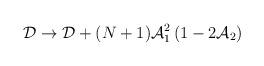
LaTeX: \begin{align*}{\cal D}\rightarrow {\cal D} + (N+1){\cal A}_1^2\left(1 - 2{\cal A}_2\right)\end{align*}